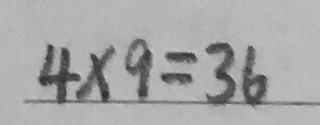
4 \times 9 = 3 6